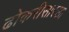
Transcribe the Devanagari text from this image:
ढोकरीसारखा